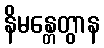
နိမန္တေတွာန